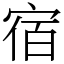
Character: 宿